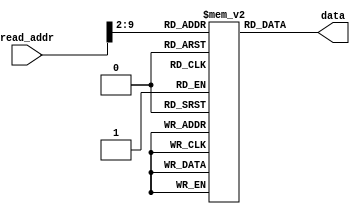
`timescale 1ns / 1ps
//////////////////////////////////////////////////////////////////////////////////
// Company: 
// Engineer: 
// 
// Design Name: 
// Module Name: instruction_mem
// Project Name: 
// Target Devices: 
// Tool Versions: 
// Description: 
// 
// Dependencies: 
// 
// Revision:
// Revision 0.01 - File Created
// Additional Comments:
// 
//////////////////////////////////////////////////////////////////////////////////


module instruction_mem(
    input [9:0] read_addr,
    output [31:0] data
    );
    
    reg [31:0]rom[255:0];  
    
    initial  
    begin  

        // load to registers 1 to 10
                                                        // instruction           alu result in hex       register content       mem content
														
        rom[0]  = 32'b10001100000000010000000000000000; // r1  = mem[0]                 0                   r1 = 00000001            -
        rom[1]  = 32'b10001100000000100000000000000100; // r2  = mem[4]                 1                   r2 = 0fd76e10            -
        rom[2]  = 32'b10001100000000110000000000000100; // r3  = mem[4]                 2                   r3 = 0fd76e10            -
        rom[3]  = 32'b10001100000001000000000000001100; // r4  = mem[12]                3                   r4 = 14333ffc            -
        rom[4]  = 32'b10001100000001010000000000010000; // r5  = mem[16]                4                   r5 = 321fedcb            -
        rom[5]  = 32'b10001100000001100000000000010100; // r6  = mem[20]                5                   r6 = 80000000            -
        rom[6]  = 32'b10001100000001110000000000011000; // r7  = mem[24]                6                   r7 = 9012fd65            -
        rom[7]  = 32'b10001100000010000000000000011100; // r8  = mem[28]                7                   r8 = abc00237            -
        rom[8]  = 32'b10001100000010010000000000100000; // r9  = mem[32]                8                   r9 = b54bc031            -
        rom[9]  = 32'b10001100000010100000000000100100; // r10 = mem[36]                9                   r10= c187a606            -
                                                                                                           
        // no dependency test, no jump                                                                     
        rom[10] = 32'b00110000011010111111111101100011; // andi r11,r3,#ff63          0fd76e00              r11= 0fd76e00            -
        rom[11] = 32'b00000000001000100110000000100111; // nor  r12,r1,r2             f02891ee              r12= f02891ee            - 
        rom[12] = 32'b00000000001000100110100000101010; // slt  r13,r1,r2                 1                 r13= 1                   -
        rom[13] = 32'b11000000010000000111000011000000; // sll  r14,r2,#3             7ebb7080              r14= 7ebb7080            -
        rom[14] = 32'b11000000001000000111100101000010; // srl  r15,r1,#5                 0                 r15= 0                   -
        rom[15] = 32'b11000000110000001000000110000011; // sra  r16,r6,#6             fe000000              r16= fe000000            -
        rom[16] = 32'b00000000010000111000100000100110; // xor  r17,r2,r3             00000000              r17= 00000000            -
        rom[17] = 32'b00000000001000101001000000011000; // mult r17,r1,r2             0fd76e10              r18= 0fd76e10            -
        rom[18] = 32'b00000000010000011001100000011010; // div  r19,r2,r1             0fd76e10              r19= 0fd76e10            -
        // store the result in memory                                                                      
        rom[19] = 32'b10101100000010110000000000101100; // sw mem[r0+11] <= r11         2c                        -                  mem[11]= 0fd76e00
        rom[20] = 32'b10101100000011000000000000110000; // sw mem[r0+12] <= r12         30                        -                  mem[12]= f02891ee
        rom[21] = 32'b10101100000011010000000000110100; // sw mem[r0+13] <= r13         34                        -                  mem[13]=    1   
        rom[22] = 32'b10101100000011100000000000111000; // sw mem[r0+14] <= r14         38                        -                  mem[14]= 7ebb7080
        rom[23] = 32'b10101100000011110000000000111100; // sw mem[r0+15] <= r15         3c                        -                  mem[15]=    0   
        rom[24] = 32'b10101100000100000000000001000000; // sw mem[r0+16] <= r16         40                        -                  mem[16]= fe000000
        rom[25] = 32'b10101100000100010000000001000100; // sw mem[r0+17] <= r17         44                        -                  mem[17]= 00000000
        rom[26] = 32'b10101100000100100000000001001000; // sw mem[r0+18] <= r18         48                        -                  mem[18]= 0fd76e10
        rom[27] = 32'b10101100000100110000000001001100; // sw mem[r0+19] <= r19         4c                        -                  mem[19]= 0fd76e10
                                                                                                           
        // forwarding test                                                                                 
        rom[28] = 32'b00110000111010110000111101100011; // andi r11,r7,#f63           00000d61              r11= 00000d61            -
        rom[29] = 32'b00000000010010110110000000100111; // nor  r12,r2,r11            f028908e              r12= f028908e            -
        rom[30] = 32'b00000001011000100110100000101010; // slt  r13,r11,r2               1                  r13=    1                -
        rom[31] = 32'b11000000111000000111001101000000; // sll  r14,r2,#13            5faca000              r14= 5faca000            -
        rom[32] = 32'b11000001110000000111100111000010; // srl  r15,r14,#7            00bf5940?              r15= 00bf5940            -
        rom[33] = 32'b11000001110000001000000010000011; // sra  r16,r14,#2            17eb2800?              r16= 17eb2800?            -    
        rom[34] = 32'b00000000010001111000100000100110; // xor  r17,r2,r7             9fc59375              r17= 9fc59375            -
        rom[35] = 32'b00000000010001111001000000011000; // mult r18,r2,r7             e4e43c50              r18= e4e43c50            -
        rom[36] = 32'b00000000111100011001100000011010; // div  r19,r7,r17               0                  r19=    0                -
        // store the result in memory                                                                      
        rom[37] = 32'b10101100000010110000000001010000; // sw mem[r0+20] <= r11          50                                          mem[20]= 00000d61 
        rom[38] = 32'b10101100000011000000000001010100; // sw mem[r0+21] <= r12          54         forwardb=2 from ex/mem to ex     mem[21]= f028908e 
        rom[39] = 32'b10101100000011010000000001011000; // sw mem[r0+22] <= r13          58         forarda=1 from mem/wb to ex      mem[22]=    1        
        rom[40] = 32'b10101100000011100000000001011100; // sw mem[r0+23] <= r14          5c         no forwarding                    mem[23]= 5faca000 
        rom[41] = 32'b10101100000011110000000001100000; // sw mem[r0+24] <= r15          60         forarda=2 from ex/mem to ex      mem[24]= 00bf5940 
        rom[42] = 32'b10101100000100000000000001100100; // sw mem[r0+25] <= r16          64         forarda=1 from mem/wb to ex      mem[25]= 17eb2800 
        rom[43] = 32'b10101100000100010000000001101000; // sw mem[r0+26] <= r17          68         no forwarding                    mem[26]= 9fc59375 
        rom[44] = 32'b10101100000100100000000001101100; // sw mem[r0+27] <= r18          6c         no forwarding                    mem[27]= e4e43c50
        rom[45] = 32'b10101100000100110000000001110000; // sw mem[r0+28] <= r19          70         forwardb=1 from mem/wb to ex     mem[28]=    0 
                                                                                                           
        // Data Hazard test                                                                                
        // Data Hazard is the result of dependency between LW instruction's destination register and one of the next instruction's source register
        // we need to insert a NOP. This means that pc shouldnt change for one clk cycle. check your waveform to make sure your pc doesnt change 
        rom[46] = 32'b10001100000010110000000000100100; // r11 = mem[36]                 9                  r11= c187a606            -
        rom[47] = 32'b00000001011000100110000000100000; // add r12,r11,r2             d15f1416              r12= d15f1416            -
        rom[48] = 32'b10001100000011010000000000100000; // r13 = mem[32]                 9                  r13= b54bc031            -
        rom[49] = 32'b00000000001011010111000000100000; // add r14,r1,r13             b54bc032              r14= b54bc032            -
        // store the result in memory                                                                      
        rom[50] = 32'b10101100000011000000000001110100; // sw mem[r0+29] <= r12          74                       -                  mem[29]= d15f1416
        rom[51] = 32'b10101100000011100000000001111000; // sw mem[r0+30] <= r14          78                       -                  mem[30]= b54bc032
                                                                                                           
        // Control Hazard test Branch                                                                      
        rom[52] = 32'b00010000010000110000000000000011; // beq r2,r3,#3                   0         branch to instruction rom[56]
        rom[53] = 32'b00000000001000100101000000100000; // add r10,r1,r2              0fd76e11              r10= 0fd76e11            -
        rom[54] = 32'b00000000001001000101000000100000; // add r10,r1,r4              14333ffd              r10= 14333ffd            -
        rom[55] = 32'b00000000001001010101000000100000; // add r10,r1,r5              321fedcc              r10= 321fedcc            -
        // store the result in memory                                                                      
        rom[56] = 32'b10101100000010100000000001111100; // sw mem[r0+31] <= r10          7c                       -                  mem[31]= c187a606
                                                                                                           
        // Control Hazard test Jump                                                                        
        rom[57] = 32'b00001000000000000000000001000000; // j #40                                    jump to instruction rom[64]
        rom[58] = 32'b00000000001000100100100000100000; // add r9,r1,r2               0fd76e11              r9= 0fd76e11             -
        rom[59] = 32'b00000000001001000100100000100000; // add r9,r1,r4               14333ffd              r9= 14333ffd             -
        rom[60] = 32'b00000000001001010100100000100000; // add r9,r1,r5               321fedcc              r9= 321fedcc             -
        rom[61] = 32'b00000000001001100100100000100000; // add r9,r1,r6               80000001              r9= 80000001             -
        rom[62] = 32'b00000000001001110100100000100000; // add r9,r1,r7               9012fd66              r9= 9012fd66             -
        rom[63] = 32'b00000000001010000100100000100000; // add r9,r1,r8               abc00238              r9= abc00238             -
        // store the result in memory                                                                      
        rom[64] = 32'b10101100000010010000000010000000; // sw mem[r0+32] <= r9           80                       -                  mem[32]= b54bc031
                                                                                                           
      end                                                                                                  
                                                                                                           
      assign data = rom[read_addr[9:2]];                                                                   
                                                                                                           
endmodule